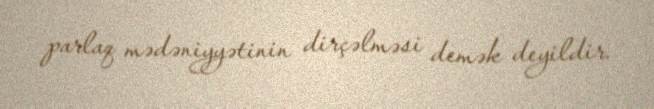
parlaq mədəniyyətinin dirçəlməsi demək deyildir.